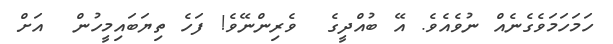
ހަމަހަމަވެގެނެއް ނުވެއެވެ. އޭ ބުއްދީގެ  ވެރިންނޭވެ! ފަހެ ތިޔަބައިމީހުން  އަށް